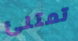
تمتلئ